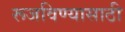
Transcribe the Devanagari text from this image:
रूजविण्यासाठी